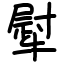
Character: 犚